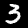
Digit: 3